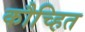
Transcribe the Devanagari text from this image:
कौच्हित